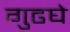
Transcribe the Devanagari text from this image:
गुढघे